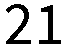
21